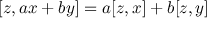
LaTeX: [ z , a x + b y ] = a [ z , x ] + b [ z , y ]